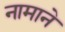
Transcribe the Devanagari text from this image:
नामाने